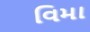
વિમા